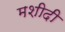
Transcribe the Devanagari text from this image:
मशीदी